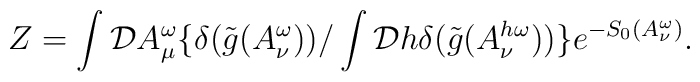
Z=\int{\cal D}A_{\mu}^{\omega}\{\delta(\tilde{g}(A^{\omega}_{\nu}))/\int{\cal D}h\delta(\tilde{g}(A^{h\omega}_{\nu}))\} e^{-S_{0}(A^{\omega}_{\nu})}.